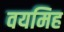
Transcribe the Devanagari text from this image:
वयमिह